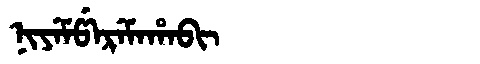
Manchu: ᠨᡳᠶᡝᠮᡦᡝᡵᡝᠮᠠᡥᠠᠪᡳ
Romanization: NIYEMPEREMAHABI